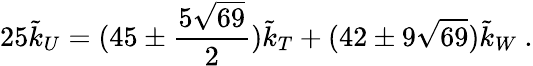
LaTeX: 25{\tilde{k}_{U}}=(45\pm\frac{5\sqrt{69}}{2})\tilde{k}_{T}+(42\pm 9\sqrt{69})\tilde{k}_{W}~.